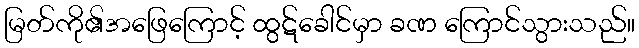
မြတ်ကို၏အဖြေကြောင့် ထွဋ်ခေါင်မှာ ခဏ ကြောင်သွားသည်။